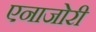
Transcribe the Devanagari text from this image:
एनाजोरी